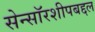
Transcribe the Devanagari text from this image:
सेन्सॉरशीपबद्दल